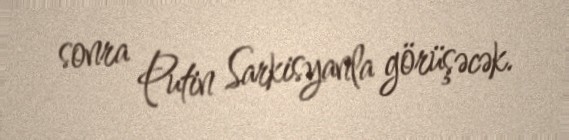
sonra Putin Sarkisyanla görüşəcək.